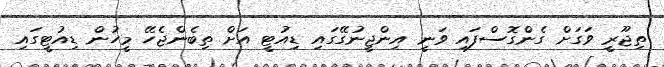
ތިޖޫރީ ވަގަށް ގެންގޮސްފައި ވަނީ އިންޖީނުގޭގައި ޑިއުޓީ އަށް ތިބެންޖެހޭ މީހުން ޑިއުޓީގައި